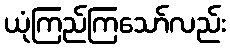
ယုံကြည်ကြသော်လည်း